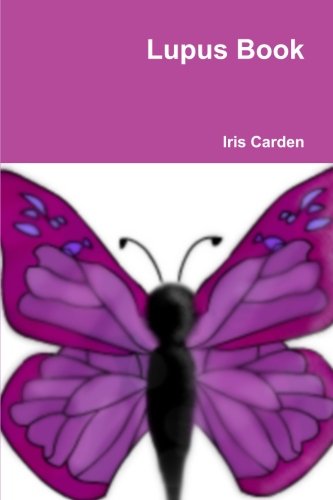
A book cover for Lupus Book; Iris Carden; Health, Fitness & Dieting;